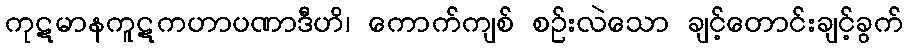
ကုဋမာနကူဋကဟာပဏာဒီဟိ၊ ကောက်ကျစ် စဉ်းလဲသော ချင့်တောင်းချင့်ခွက်